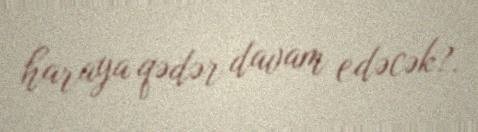
haraya qədər davam edəcək?.